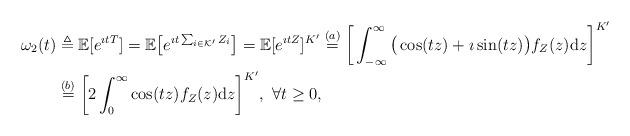
LaTeX: \begin{align*}\omega_2(t)&\triangleq \mathbb{E}[e^{\imath tT}]=\mathbb{E}\big[e^{\imath t \sum_{i\in\mathcal{K}'}Z_i}\big]=\mathbb{E}[e^{\imath tZ}]^{K'}\stackrel{(a)}{=}\bigg[\int_{-\infty}^{\infty}\big(\cos (tz)+\imath\sin (tz)\big)f_Z(z)\mathrm{d}z\bigg]^{K'}\\&\stackrel{(b)}{=}\bigg[2\int_{0}^{\infty}\cos (tz)f_Z(z)\mathrm{d}z\bigg]^{K'},\ \forall t\ge 0,\end{align*}